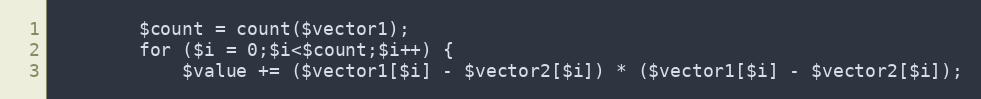
Language: PHP
        $count = count($vector1);
        for ($i = 0;$i<$count;$i++) {
            $value += ($vector1[$i] - $vector2[$i]) * ($vector1[$i] - $vector2[$i]);